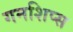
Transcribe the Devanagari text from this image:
गनशिप्स